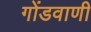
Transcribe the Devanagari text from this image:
गोंडवाणी